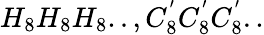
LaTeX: H_{8}H_{8}H_{8}..,C_{8}^{'}C_{8}^{'}C_{8}^{'}..